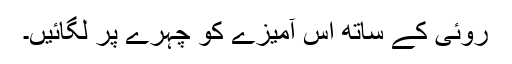
روئی کے ساتھ اس آمیزے کو چہرے پر لگائیں۔